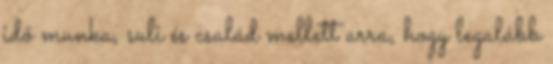
idő munka, suli és család mellett arra, hogy legalább